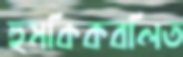
হুমকিকবলিত